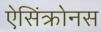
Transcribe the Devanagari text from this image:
ऐसिंक्रोनस